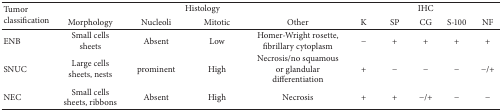
<table><thead><tr><td rowspan="2"><b>Tumor classification </b></td><td colspan="4"><b> Histology</b></td><td colspan="5"><b> IHC</b></td></tr><tr><td><b>Morphology</b></td><td><b>Nucleoli</b></td><td><b>Mitotic </b></td><td><b>Other</b></td><td><b>K</b></td><td><b>SP</b></td><td><b>CG</b></td><td><b>S-100</b></td><td><b>NF</b></td></tr></thead><tbody><tr><td>ENB </td><td>Small cells sheets</td><td>Absent </td><td>Low</td><td>Homer-Wright rosette, fibrillary cytoplasm</td><td>−</td><td>+</td><td>+</td><td>+</td><td>+</td></tr><tr><td>SNUC</td><td>Large cells sheets, nests</td><td>prominent</td><td>High</td><td>Necrosis/no squamous or glandular differentiation</td><td>+</td><td>−</td><td>−</td><td>−</td><td>−/+</td></tr><tr><td>NEC</td><td>Small cells sheets, ribbons</td><td>Absent</td><td>High</td><td>Necrosis</td><td>+</td><td>+</td><td>−/+</td><td>−</td><td>−</td></tr></tbody></table>